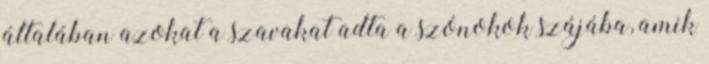
általában azokat a szavakat adta a szónokok szájába, amik